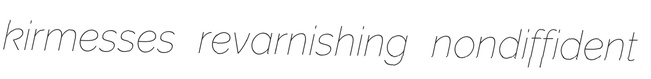
kirmesses revarnishing nondiffident